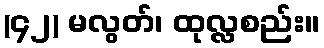
(၄၂) မလွတ်၊ ထုလ္လစည်း။